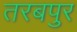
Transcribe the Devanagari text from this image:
तरबपुर